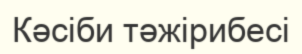
Кәсіби тәжірибесі